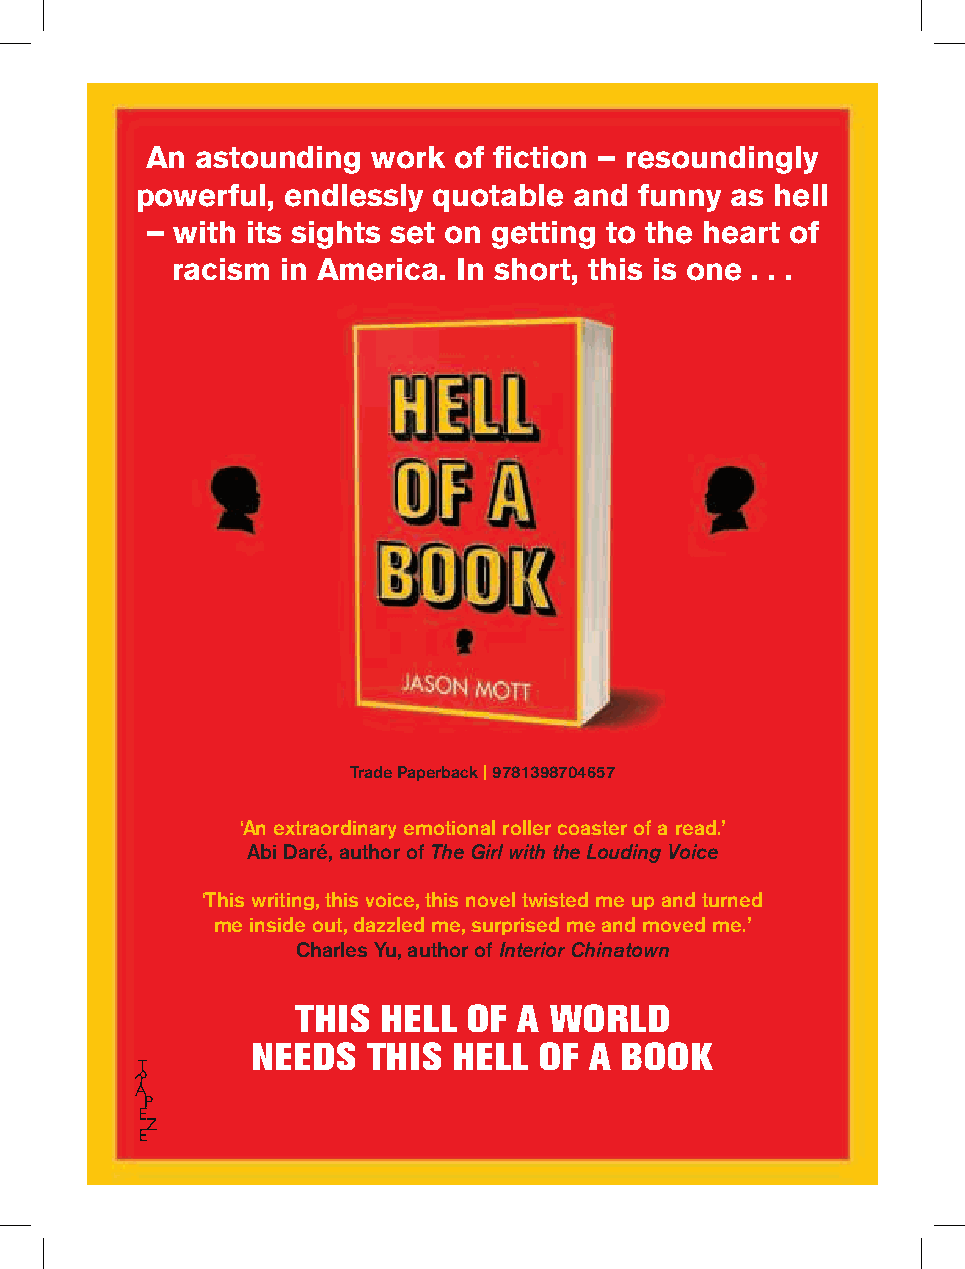
An astounding  work of fiction – resoundingly
 powerful, endlessly quotable and funny as hell
 – with its sights set on getting to the heart of
 racism  in America. In short, this is one . . .
 Trade Paperback | 9781398704657
 ‘An extraordinary emotional roller coaster of a read.’
 Abi Daré, author of The Girl with the Louding Voice
 ‘This writing, this voice, this novel twisted me up and turned
 me inside out, dazzled me, surprised me and moved me.’
 Charles Yu, author of Interior Chinatown
 THIS HELL  OF A WORLD
 NEEDS  THIS  HELL  OF A BOOK
 HHeellll OOff AA BBooookk AAdd..iinndddd 11   1166//0044//22002211 1166::2222